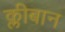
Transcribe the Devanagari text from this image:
क्लीबान